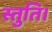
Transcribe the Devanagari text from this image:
स्तुति।